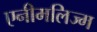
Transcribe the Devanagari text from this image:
एनीमलिज्म